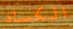
الكساد